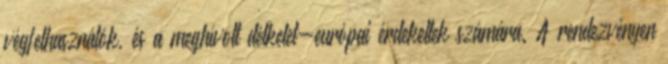
végfelhasználók, és a meghívott délkelet-európai érdekeltek számára. A rendezvényen